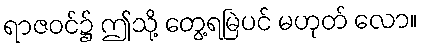
ရာဇဝင်၌ ဤသို့ တွေ့ရမြဲပင် မဟုတ် လော။